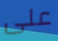
على